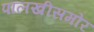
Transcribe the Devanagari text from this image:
पालखीसमोर